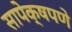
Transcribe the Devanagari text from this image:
सापेक्षपणे